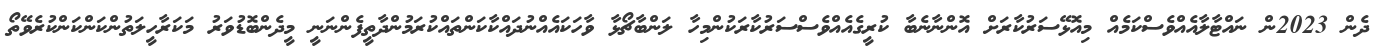
ދެން 2023ން ނައްޓާލާއެއްވެސްކަމެއް މިއޮޅޭސަރުކާރަށް އޮންނާނެބާ ކުރީގެއެއްވެސްސަރުކާރަކުންމިހާ ލަންބާޗޯޅާ ވާހަކައެއްނުދައްކާކަންތައްކުރަމުންދާތީފެންނަނީ މީދެންބޮޑުވަރު މަކަރާހީލަތުންކަންކަންކުރެވޭތޯ